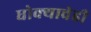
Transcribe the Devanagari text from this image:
धोक्याचेही